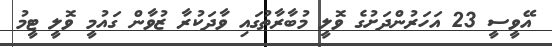
އޭވީސީ 23 އަހަރުންދަށުގެ ވޮލީ މުބާރާތުގައި ވާދަކުރާ ޒުވާން ގައުމީ ވޮލީ ޓީމު